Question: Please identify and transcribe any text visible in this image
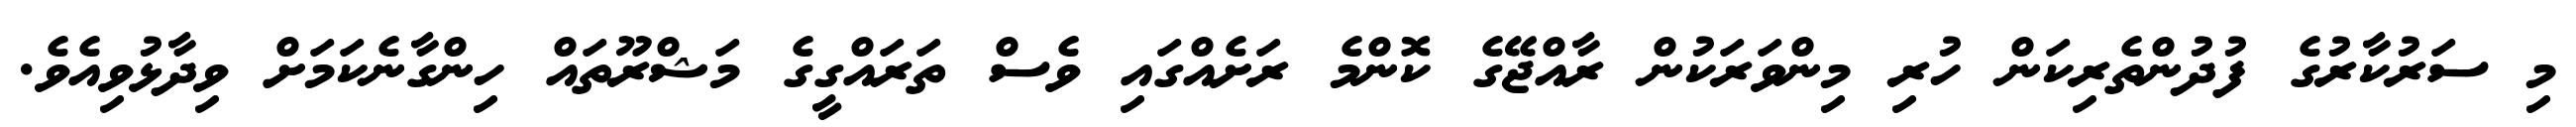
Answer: މި ސަރުކާރުގެ ފުދުންތެރިކަން ހުރި މިންވަރަކުން ރާއްޖޭގެ ކޮންމެ ރަށެއްގައި ވެސް ތަރައްގީގެ މަޝްރޫތައް ހިންގާނެކަމަށް ވިދާޅުވިއެވެ.